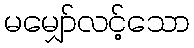
မမျှော်လင့်သော